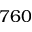
7 6 0